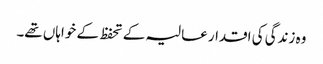
وہ زندگی کی اقدار عالیہ کے تحفظ کے خواہاں تھے۔